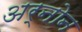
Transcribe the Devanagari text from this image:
अर्नोन